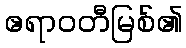
ဧရာဝတီမြစ်၏